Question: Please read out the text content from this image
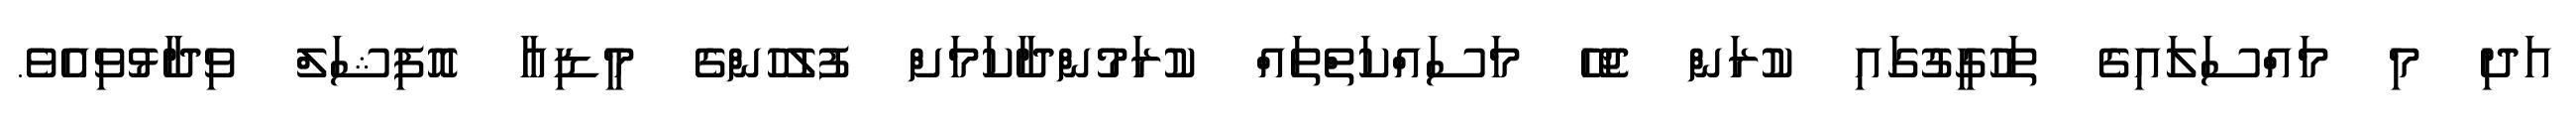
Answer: އަދި މި މައްސަލައިގެ ތަހުގީގުގައި ކުރަން ޖެހޭ މަސައްކަތްތައް ކުރަމުންދާކަމަށް ފުލުހުންގެ މީޑިއާ އޮފިޝަލް ވިދާޅުވިއެވެ.